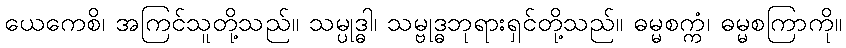
ယေကေစိ၊ အကြင်သူတို့သည်။ သမ္ပုဒ္ဓါ၊ သမ္ဗုဒ္ဓဘုရားရှင်တို့သည်။ ဓမ္မစက္ကံ၊ ဓမ္မစကြာကို။